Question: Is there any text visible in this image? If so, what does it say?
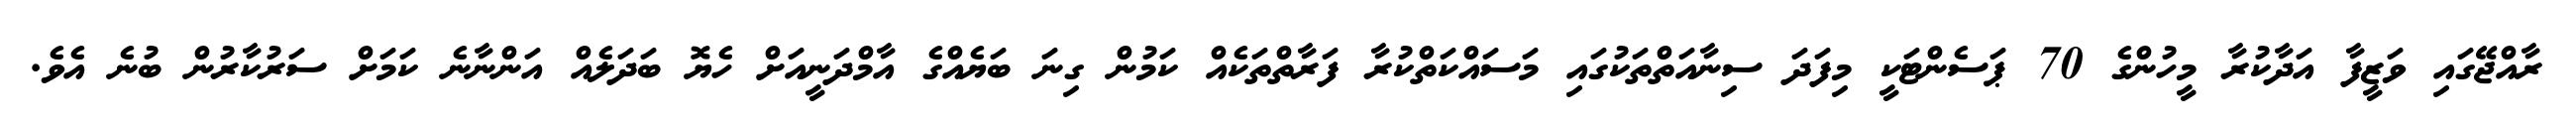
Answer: ރާއްޖޭގައި ވަޒީފާ އަދާކުރާ މީހުންގެ 70 ޕަސެންޓަކީ މިފަދަ ސިނާއަތްތަކުގައި މަސައްކަތްކުރާ ފަރާތްތަކެއް ކަމުން ގިނަ ބަޔެއްގެ އާމްދަނީއަށް ހެޔޮ ބަދަލެއް އަންނާނެ ކަމަށް ސަރުކާރުން ބުނެ އެވެ.